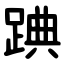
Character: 䠄